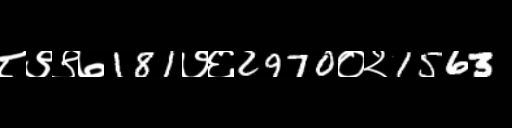
Text: ८९९७181७६2970०२1563